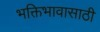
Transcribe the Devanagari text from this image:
भक्तिभावासाठी